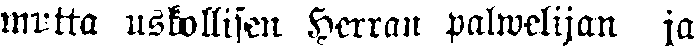
mutta uskollisen Herran palwelijan ja